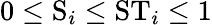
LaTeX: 0\leq\mathrm{S}_{i}\leq\mathrm{ST}_{i}\leq 1